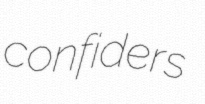
confiders